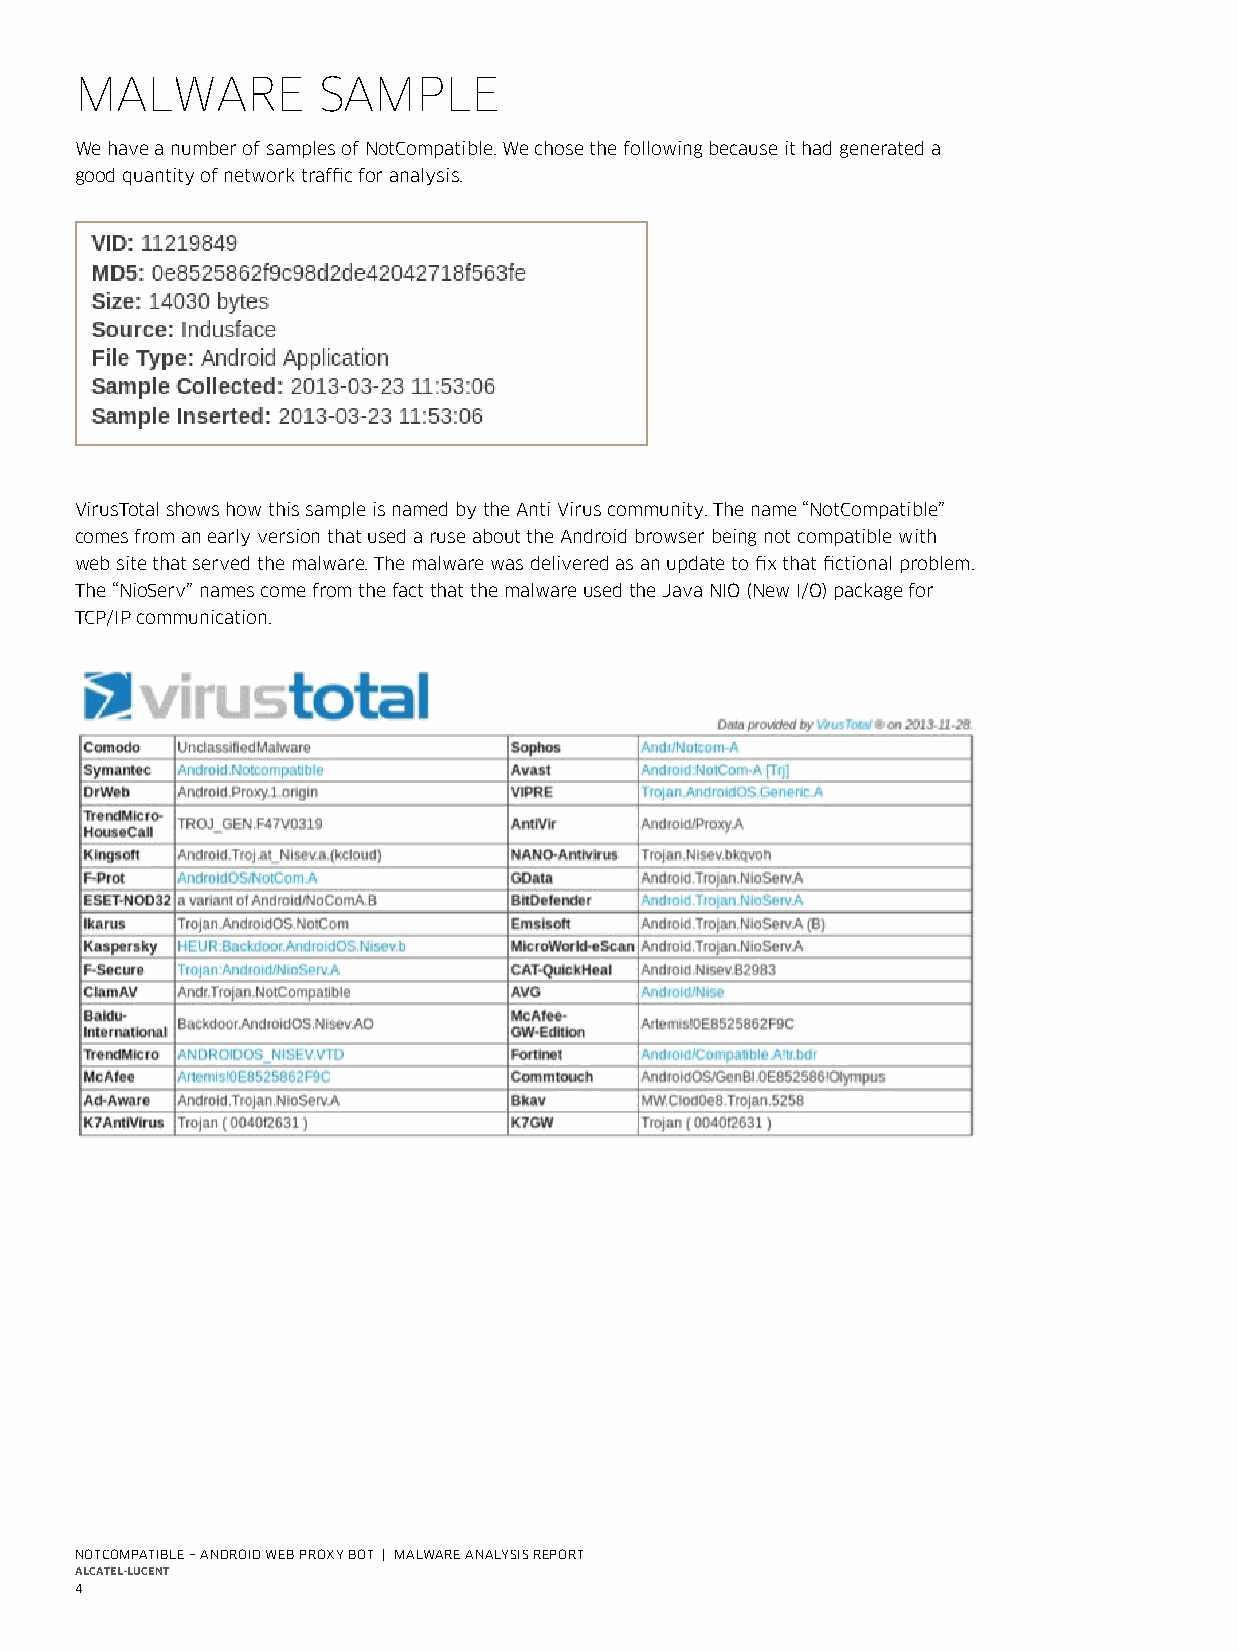
malware         Sample
 We have a number of samples of NotCompatible . We chose the following because it had generated a
 good quantity of network traffic for analysis .
 VirusTotal shows how this sample is named by the Anti Virus community . The name “NotCompatible”
 comes from an early version that used a ruse about the Android browser being not compatible with
 web site that served the malware . The malware was delivered as an update to fix that fictional problem .
 The “NioServ” names come from the fact that the malware used the Java NIO (New I/O) package for
 TCP/IP communication .
 NotCompatible – aNdroid Web proxy bot | malWare aNalysis report
 AlcAtel-lucent
 4